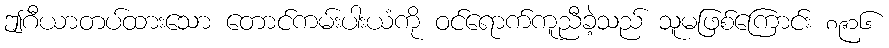
ဤဂီယာတပ်ထားသော တောင်ကမ်းပါးယံကို ဝင်ရောက်ကူညီခဲ့သည် သူမဖြစ်ကြောင်း ၈၉၁၆